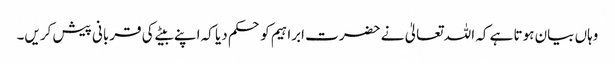
وہاں بیان ہوتا ہے کہ اللہ تعالیٰ نے حضرت ابراہیم کو حکم دیا کہ اپنے بیٹے کی قربانی پیش کریں۔